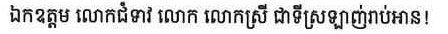
ឯកឧត្តម លោកជំទាវ លោក លោកស្រី ជាទីស្រឡាញ់រាប់អាន!